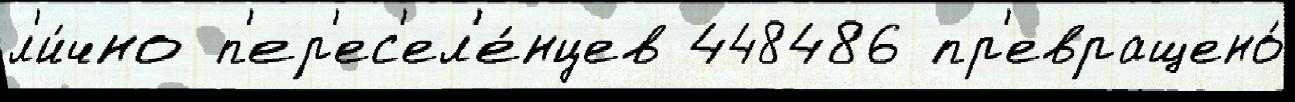
л'и́чно п'ер'ес'ел'е́нцев 448486 пр'евращено́